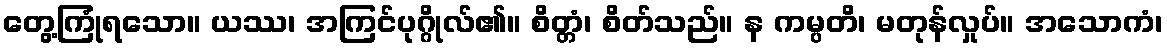
တွေ့ကြုံရသော။ ယဿ၊ အကြင်ပုဂ္ဂိုလ်၏။ စိတ္တံ၊ စိတ်သည်။ န ကမ္ပတိ၊ မတုန်လှုပ်။ အသောကံ၊